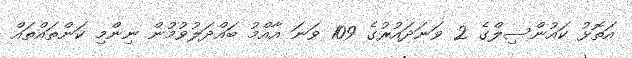
އަތޮޅު ކައުންސިލްގެ 2 ވަނަދައުރުގެ 109 ވަނަ އާއްމު ބައްދަލުވުމުން ނިންމި ކަންތައްތައް